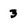
Character: 3